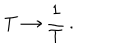
LaTeX: T \rightarrow { \frac { 1 } { T } } \, .